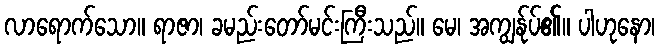
လာရောက်သော။ ရာဇာ၊ ခမည်းတော်မင်းကြီးသည်။ မေ၊ အကျွန်ုပ်၏။ ပါဟုနော၊